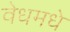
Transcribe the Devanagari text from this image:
वेधमधे